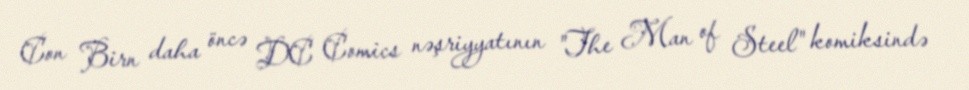
Con Birn daha öncə DC Comics nəşriyyatının "The Man of Steel" komiksində